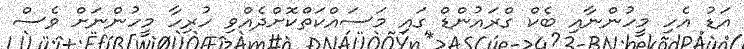
އަޑު އެހި މީހުންނާއި ބެކް ގްރައުންޑް ގައި މަސައްކަތްކޮށްދެއްވި ހުރިހާ މީހުންނަށް ވެސް